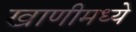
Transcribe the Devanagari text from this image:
खाणीमध्ये